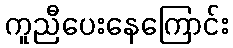
ကူညီပေးနေကြောင်း